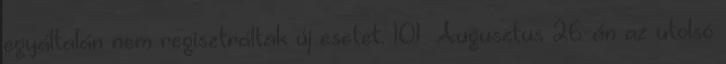
egyáltalán nem regisztráltak új esetet. 101 Augusztus 26-án az utolsó